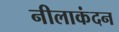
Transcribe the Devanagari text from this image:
नीलाकंदन